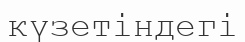
күзетіндегі